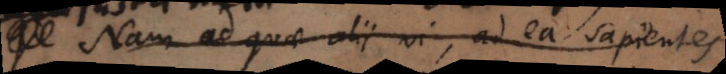
Nam ad quae alii vi, ad ea sapientes